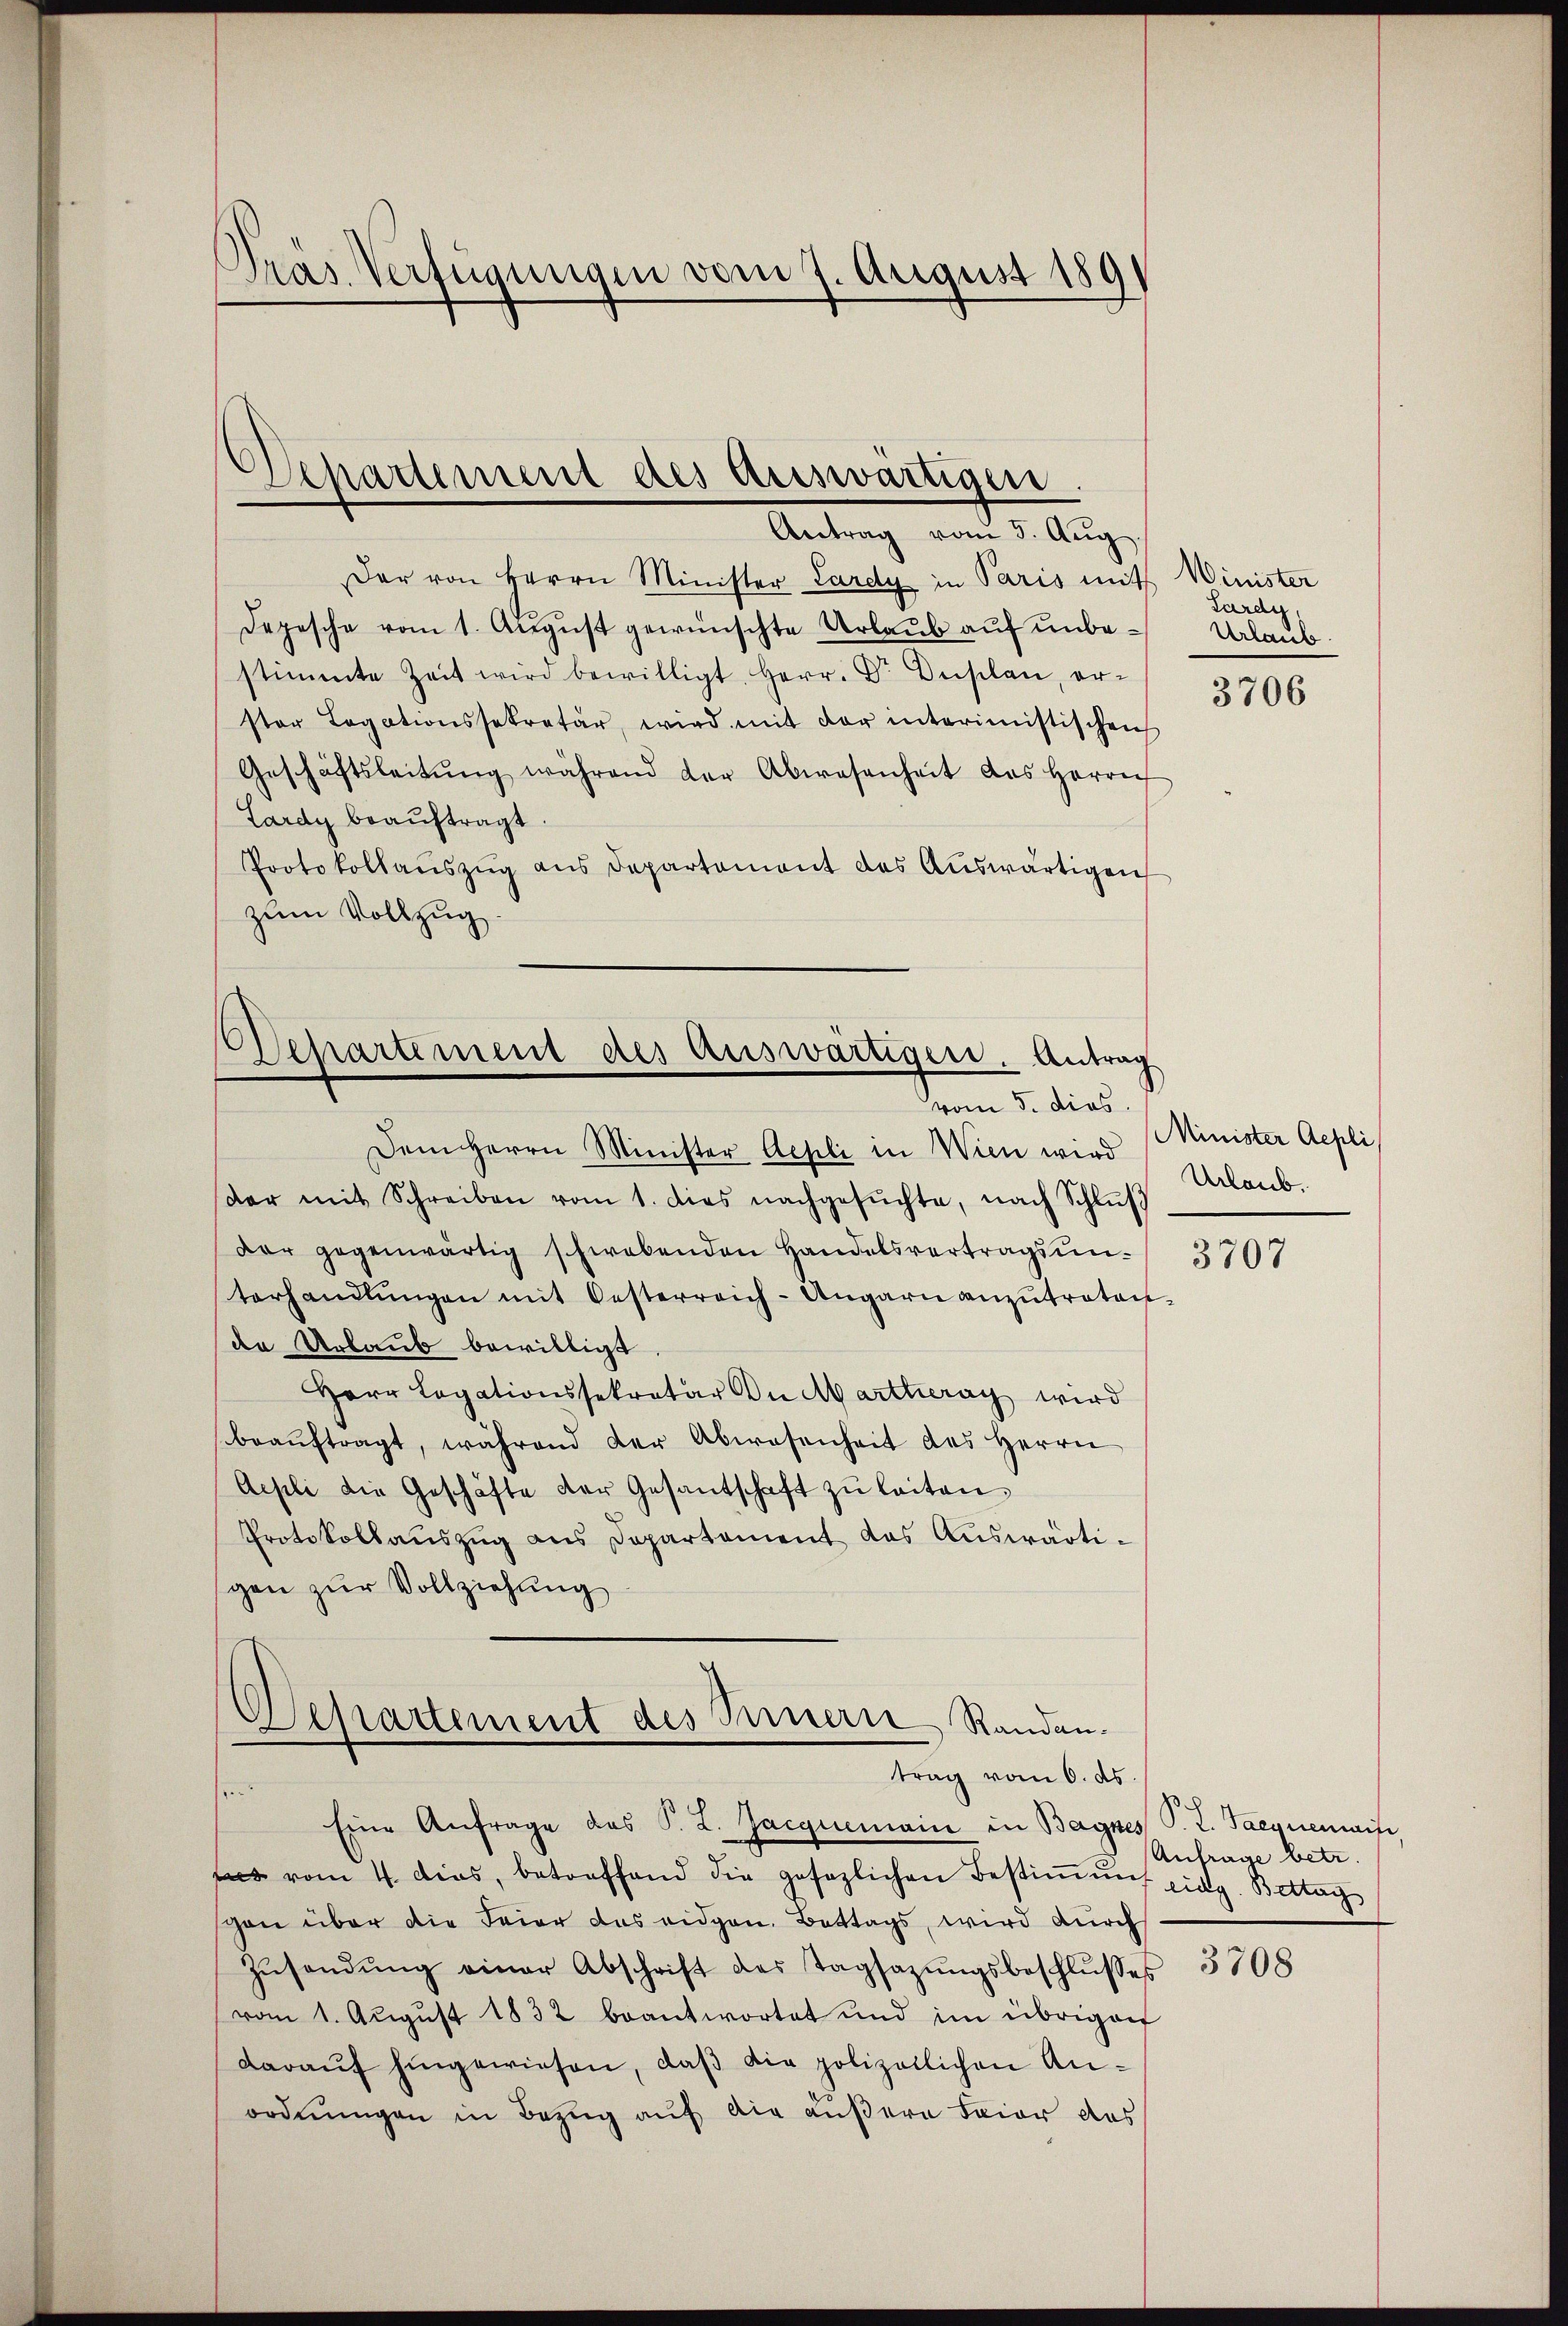
Dras Verfügungen vom 7. August 189

Der von Herrn Minister Lardy in Paris mit Winister
Depesche vom 1. August gewünschte Urlaub auf unbe- Urlaub.
stimmte Zeit wird bewilligt, Herr. Dr Auslan, er-
ster Legationssekretär, wird mit der interimistischen
Geschäftsleitŭng während der Abwesenheit des Herrn
Lardy beauftragt
Protokollaŭszŭg ans Departement des Aŭswärtigen
zum Vollzug.

Departement des Auswärtigen
Antrag vom 3. Aŭg.

Departement des Auswärtigen. Antrag
vom 5. dies
Dem Herrn Minister Aepli in Wien wird

dar mit Schreiben vom 1. dies nachgesŭchte, nach Schlŭβ
dar gegenwärtig schwabenden Handelsvertragsŭn- 3707
terhandlŭngen mit Oesterreich-Ungarn anzutreten.
de Urlaub bewilligt.
Herr Legationssekretär an Martheray wird
beaŭftragt, während der Abwesenheit des Herrn
Aepli die Geschäfte der Gesantschaft zu leiten.
Protokollauszug aus Departement das Auswärtigen zur Vollziehung

Departement des Fernern Randen.
trag vom 6. ds.
n

Eine Anfrage des P. L. Jacquemain in Bagnes P. L. Saequemain
ss vom 4. dies, betreffend die gesezlichen Bestiṁŭng eidg. Bettag
con über die Feier das eidgen. Bittags, wird durch
Zŭsendŭng einer Abschrift des Tagsazungsbeschlŭsses
vom 1. Aŭgŭst 1832 beantwortet und im übrigen
daraŭf hingewiesen, daβ die polizeilichen Anordnungen in Bezug auf die äußere Baier das

Lardy,

3706

Minister Aepli
Urlaub.

Anfrage betr.

3708